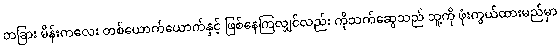
တခြား မိန်းကလေး တစ်ယောက်ယောက်နှင့် ဖြစ်နေကြလျှင်လည်း ကိုသက်ဆွေသည် သူ့ကို ဖုံးကွယ်ထားမည်မှာ